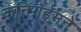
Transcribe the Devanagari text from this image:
कनिंगहॅमने